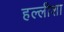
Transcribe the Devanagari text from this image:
हल्लीशा